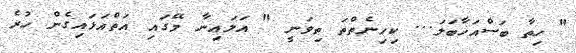
" ހިތާ ބަސްއަހާބަލަ... ކިހިނެތްތަ ތިވަނީ " އަލައިނާ މޭގައި އަތްއަޅައިގެން ހުރެ